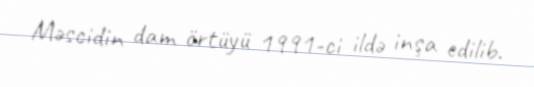
Məscidin dam örtüyü 1991-ci ildə inşa edilib.